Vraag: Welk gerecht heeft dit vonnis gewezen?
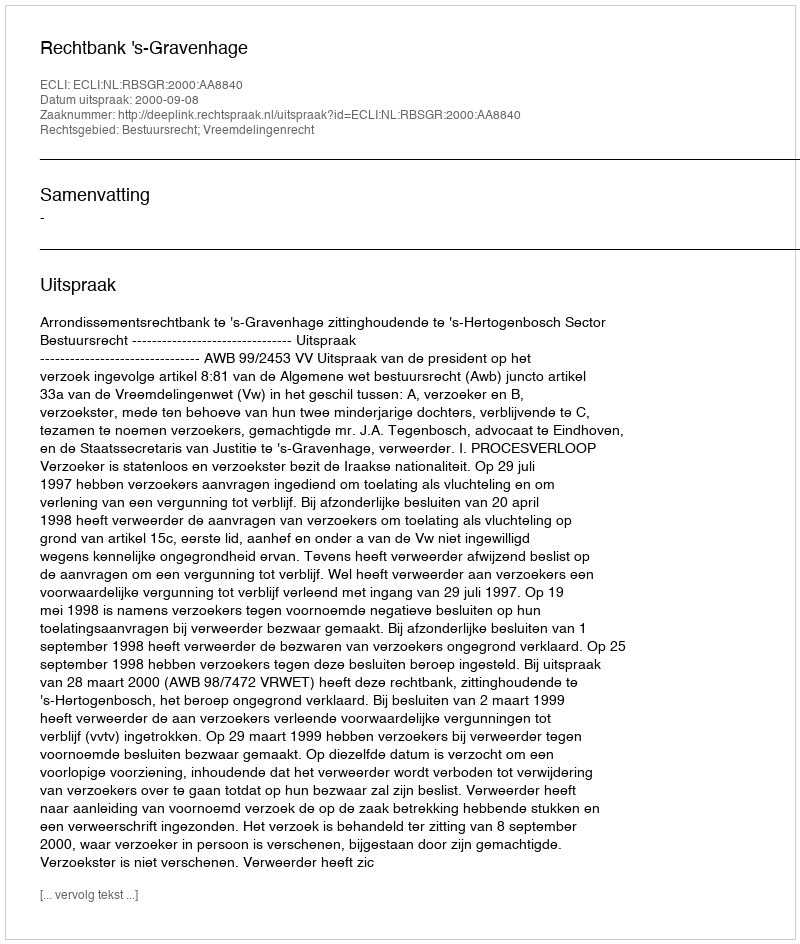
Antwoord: Rechtbank 's-Gravenhage